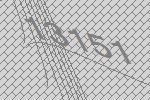
13151